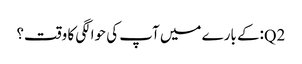
Q2:کے بارے میں آپ کی حوالگی کا وقت؟